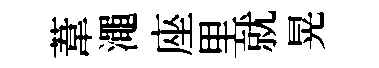
葦澠座里就晃